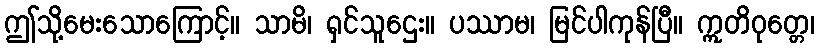
ဤသို့မေးသောကြောင့်။ သာမိ၊ ရှင်သူဌေး။ ပဿာမ၊ မြင်ပါကုန်ပြီ။ ဣတိဝုတ္တေ၊